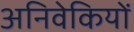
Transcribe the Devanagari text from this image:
अनिवेकियों